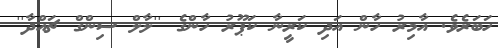
ހަބަރެވެ. އާމިރު ހާން އަދި ކަރީނާ ކަޕޫރު ހާންގެ ''ލާލް ސިންގް ޗައްދާ''